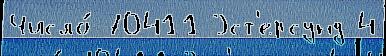
Число́ 70411 Эст'ерсунд 4